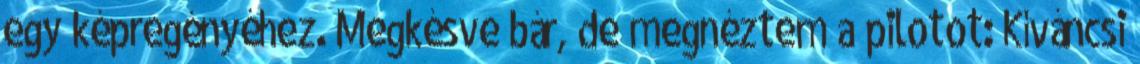
egy képregényéhez. Megkésve bár, de megnéztem a pilotot: Kíváncsi